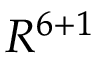
R ^ { 6 + 1 }